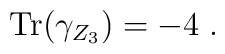
{\rm Tr}(\gamma_{Z_3}) = -4\;.